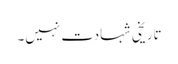
تاریخی شہادت نہیں۔